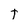
Character: T